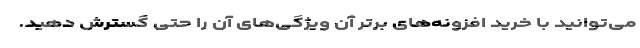
می‌توانید با خرید افزونه‌های برتر آن ویژگی‌های آن را حتی گسترش دهید.